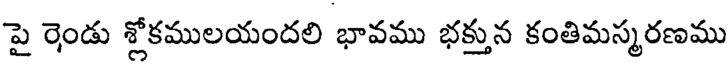
పై రెండు శ్లోకములయందలి భావము భక్తున కంతిమస్మరణము